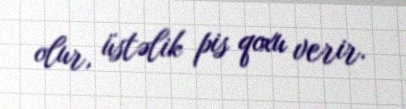
olur, üstəlik pis qoxu verir.